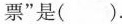
票”是( ).